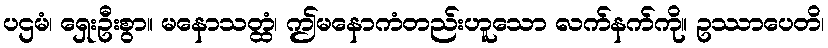
ပဌမံ၊ ရှေးဦးစွာ။ မနောသတ္ထံ၊ ဤမနောကံတည်းဟူသော လက်နက်ကို။ ဥဿာပေတိ၊